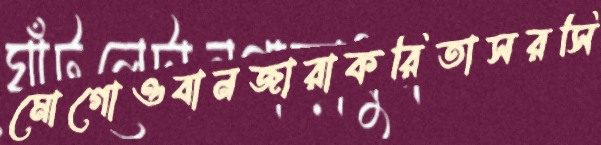
মোগোওবানজারাকরিতাসরসি